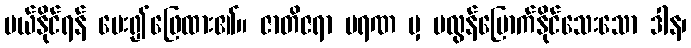
ပယ်နိုင်ရန် မေး၍ဖြေထား၏။ ဇာတိဇရာ မရဏ မှ မလွန်မြောက်နိုင်သေးသော ဒါန၊